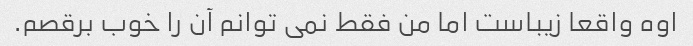
اوه واقعا زیباست اما من فقط نمی توانم آن را خوب برقصم.